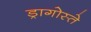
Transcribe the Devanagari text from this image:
ड्रागोस्ते